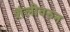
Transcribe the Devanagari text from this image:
शैलीवरुन